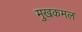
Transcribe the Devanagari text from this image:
मुखकमल